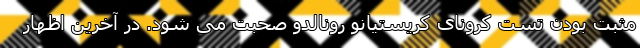
مثبت بودن تست کرونای کریستیانو رونالدو صحبت می شود. در آخرین اظهار